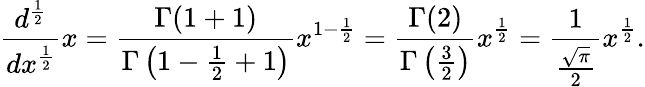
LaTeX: {\frac{d^{\frac{1}{2}}}{dx^{\frac{1}{2}}}}x={\frac{\Gamma(1+1)}{\Gamma\left(1-{\frac{1}{2}}+1\right)}}x^{1-{\frac{1}{2}}}={\frac{\Gamma(2)}{\Gamma\left({\frac{3}{2}}\right)}}x^{\frac{1}{2}}={\frac{1}{\frac{\sqrt{\pi}}{2}}}x^{\frac{1}{2}}.